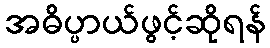
အဓိပ္ပာယ်ဖွင့်ဆိုရန်